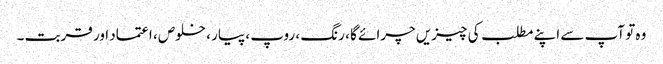
وہ تو آپ سے اپنے مطلب کی چیزیں چرائے گا ، رنگ ، روپ ، پیار ، خلوص ، اعتماد اور قربت ۔